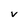
Character: v